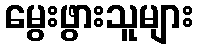
မွေးဖွားသူများ